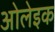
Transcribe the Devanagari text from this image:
ओलेइक